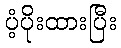
ပံ့ပိုးထားပြီး